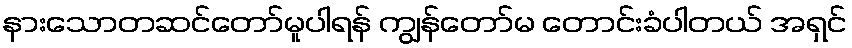
နားသောတဆင်တော်မူပါရန် ကျွန်တော်မ တောင်းခံပါတယ် အရှင်